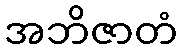
အဘိဇာတံ